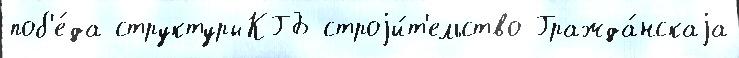
поб'е́да структурыКГБ строjи́т'ельство Гражда́нскаjа